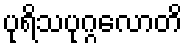
ပုရိသပုဂ္ဂလောတိ